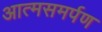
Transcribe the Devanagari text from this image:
आत्‍मसमर्पण